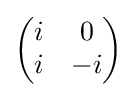
{\begin{pmatrix}i&0\\i&-i\end{pmatrix}}